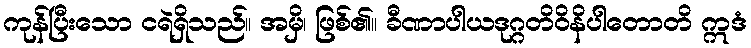
ကုန်ပြီးသော ငရဲရှိသည်။ အမှိ၊ ဖြစ်၏။ ခီဏာပါယဒုဂ္ဂတိဝိနိပါတောတိ ဣဒံ